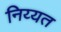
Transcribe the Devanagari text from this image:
निय्यत